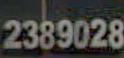
2389028